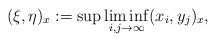
LaTeX: \begin{align*}(\xi,\eta)_x:=\sup\liminf_{i,j\to\infty}(x_i,y_j)_x,\end{align*}